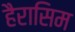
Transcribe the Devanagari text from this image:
हैरासिम